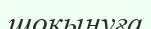
шоқынуға